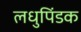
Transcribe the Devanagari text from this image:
लधुपिंडक